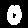
Label: 0